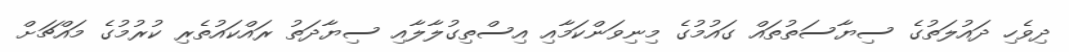
ދިވެހި ދައުލަތުގެ ސިޔާސަތުތައް ގައުމުގެ މިނިވަންކަމާއި އިސްތިގުލާލާއި ސިޔާދަތު ރައްކައުތެރި ކުރުމުގެ މައްޗަށް